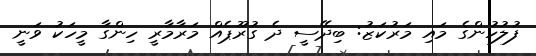
ފުލުހުންގެ މައި މަރުކަޒު: ބިދޭސީ ދެ ގުރޫޕެއް މަރާމާރީ ހިންގާ މީހަކު ވަނީ